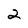
Character: 2